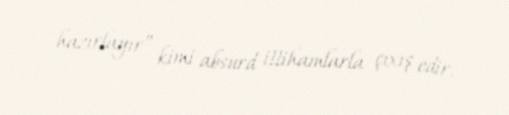
hazırlayır” kimi absurd ittihamlarla çıxış edir.